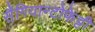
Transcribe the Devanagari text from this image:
सैंगियान्टोफेट्टी